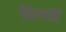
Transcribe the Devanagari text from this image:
विरचतिं